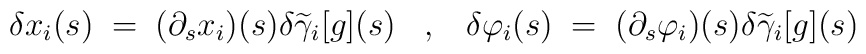
\delta x_i(s)\;=\;(\partial_s x_i)(s)\delta\widetilde{\gamma}_i[g](s)\;\;\;,\;\;\;\delta \varphi_i(s)\;=\;(\partial_s \varphi_i)(s)\delta \widetilde{\gamma}_i[g](s)\;\;\;